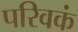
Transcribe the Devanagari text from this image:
परिवकं